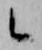
候